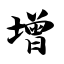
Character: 增